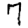
Digit: 7